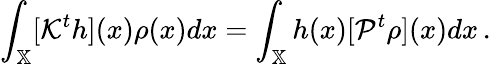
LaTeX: \int_{\mathbb{X}}[\mathcal{K}^{t}h](x)\rho(x)dx=\int_{\mathbb{X}}h(x)[\mathcal{P}^{t}\rho](x)dx\, .